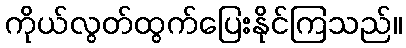
ကိုယ်လွတ်ထွက်ပြေးနိုင်ကြသည်။